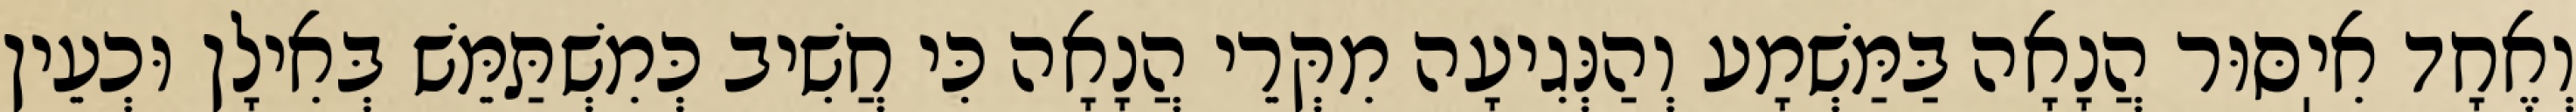
וְאֶחָד אִיֽסּוּר הֲנָאָה בַּמַּשְׁמָע וְהַנְּגִיעָה מִקְּרֵי הֲנָאָה כִּי חֲשִׁיב כְּמִשְׁתַּמֵּשׁ בְּאִילָן וּכְעֵין